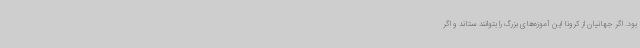
بود. اگر جهانیان از کرونا این آموزه‌های بزرگ را بتوانند ستاند و اگر